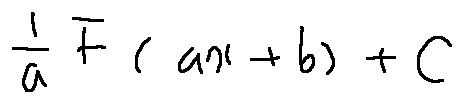
\frac { 1 } { a } F ( a x + b ) + C